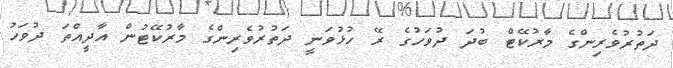
ދަތުރުވެރިންގެ މާރުކޭޓް ބުދަ ދުވަހުގެ ރޭ ހުޅުވަނީ ދަތުރުވެރިންގެ މާރުކޭޓުން އާދީއްތަ ދުވަހު